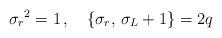
LaTeX: \begin{align*}{\sigma_{r}}^{2}=1\,,\quad \{\sigma_{r},\,\sigma_{L}+1\}=2q\end{align*}